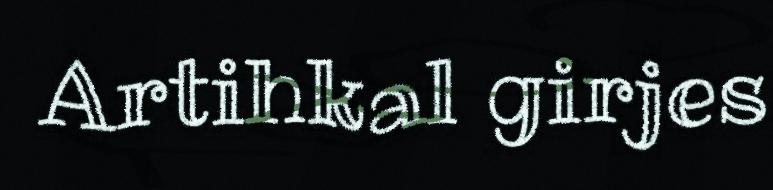
Artihkal girjes